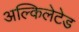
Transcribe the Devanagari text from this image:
अल्किलेटेड